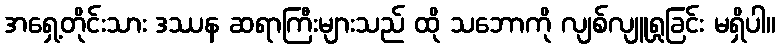
အရှေ့တိုင်းသား ဒဿန ဆရာကြီးများသည် ထို သဘောကို လျစ်လျူရှုခြင်း မရှိပါ။